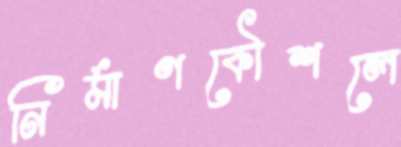
নির্মাণকৌশলে